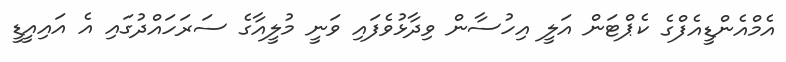
އެމްއެންޑީއެފްގެ ކެޕްޓަން އަލީ އިހުސާން ވިދާޅުވެފައި ވަނީ މުލީއާގެ ސަރަހައްދުގައި އެ އައިއީޑީ